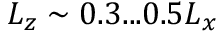
L _ { z } \sim 0 . 3 . . . 0 . 5 L _ { x }